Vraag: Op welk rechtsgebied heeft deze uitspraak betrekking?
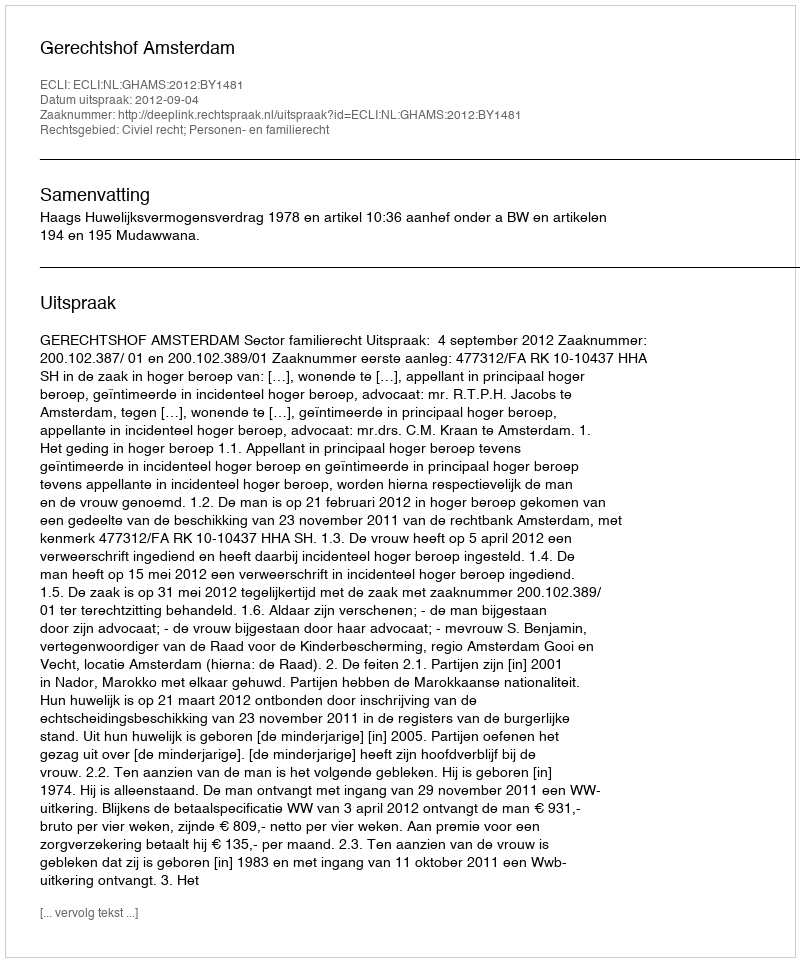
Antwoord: Civiel recht; Personen- en familierecht